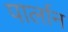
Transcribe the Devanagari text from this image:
पार्लान